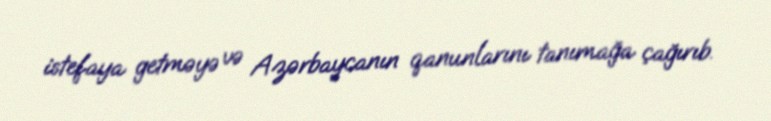
istefaya getməyə və Azərbaycanın qanunlarını tanımağa çağırıb.